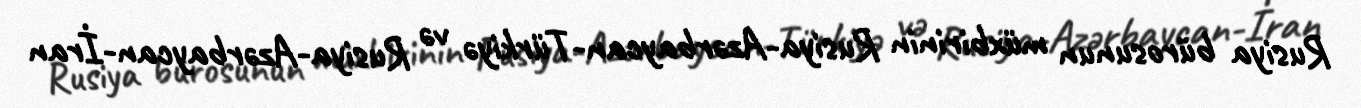
Rusiya bürosunun müxbirinin Rusiya-Azərbaycan-Türkiyə və Rusiya-Azərbaycan-İran